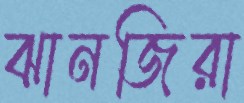
ঝানজিরা